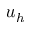
u _ { h }